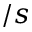
\AA / s